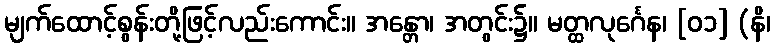
မျက်ထောင့်စွန်းတို့ဖြင့်လည်းကောင်း။ အန္တော၊ အတွင်း၌။ မတ္ထလုင်္ဂေန၊ [၀၁] (နိ၊